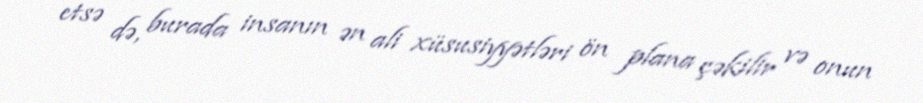
etsə də, burada insanın ən ali xüsusiyyətləri ön plana çəkilir və onun